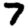
Digit: 7